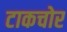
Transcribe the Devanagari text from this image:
टाकचोर